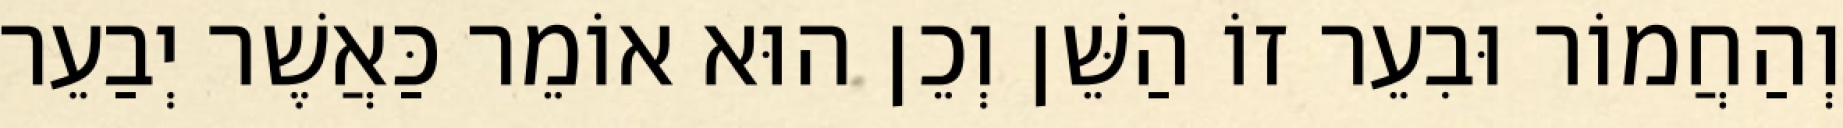
וְהַחֲמוֹר וּבִעֵר זוֹ הַשֵּׁן וְכֵן הוּא אוֹמֵר כַּאֲשֶׁר יְבַעֵר